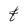
Character: f